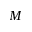
M